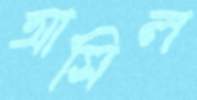
আসিল